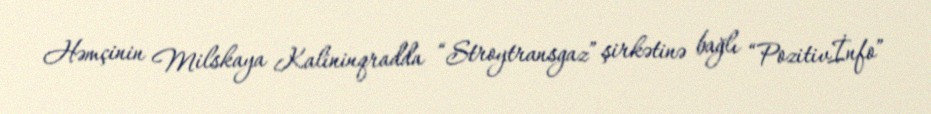
Həmçinin Milskaya Kalininqradda “Stroytransgaz” şirkətinə bağlı “Pozitivİnfo”